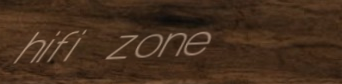
hifi zone